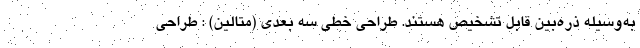
به‌وسیله ذره‌بین قابل تشخیص هستند. طراحی خطی سه بعدی (متالین) : طراحی